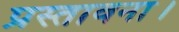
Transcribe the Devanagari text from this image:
प्रस्तावना।